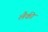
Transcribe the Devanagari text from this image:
लैकी